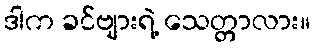
ဒါက ခင်ဗျားရဲ့ သေတ္တာလား။